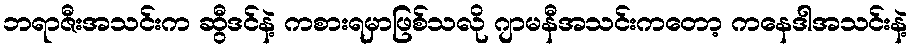
ဘရာဇီးအသင်းက ဆွီဒင်နဲ့ ကစားရမှာဖြစ်သလို ဂျာမနီအသင်းကတော့ ကနေဒါအသင်းနဲ့